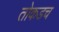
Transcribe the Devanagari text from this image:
तोकडच